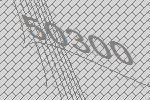
50300